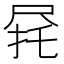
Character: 𫵟